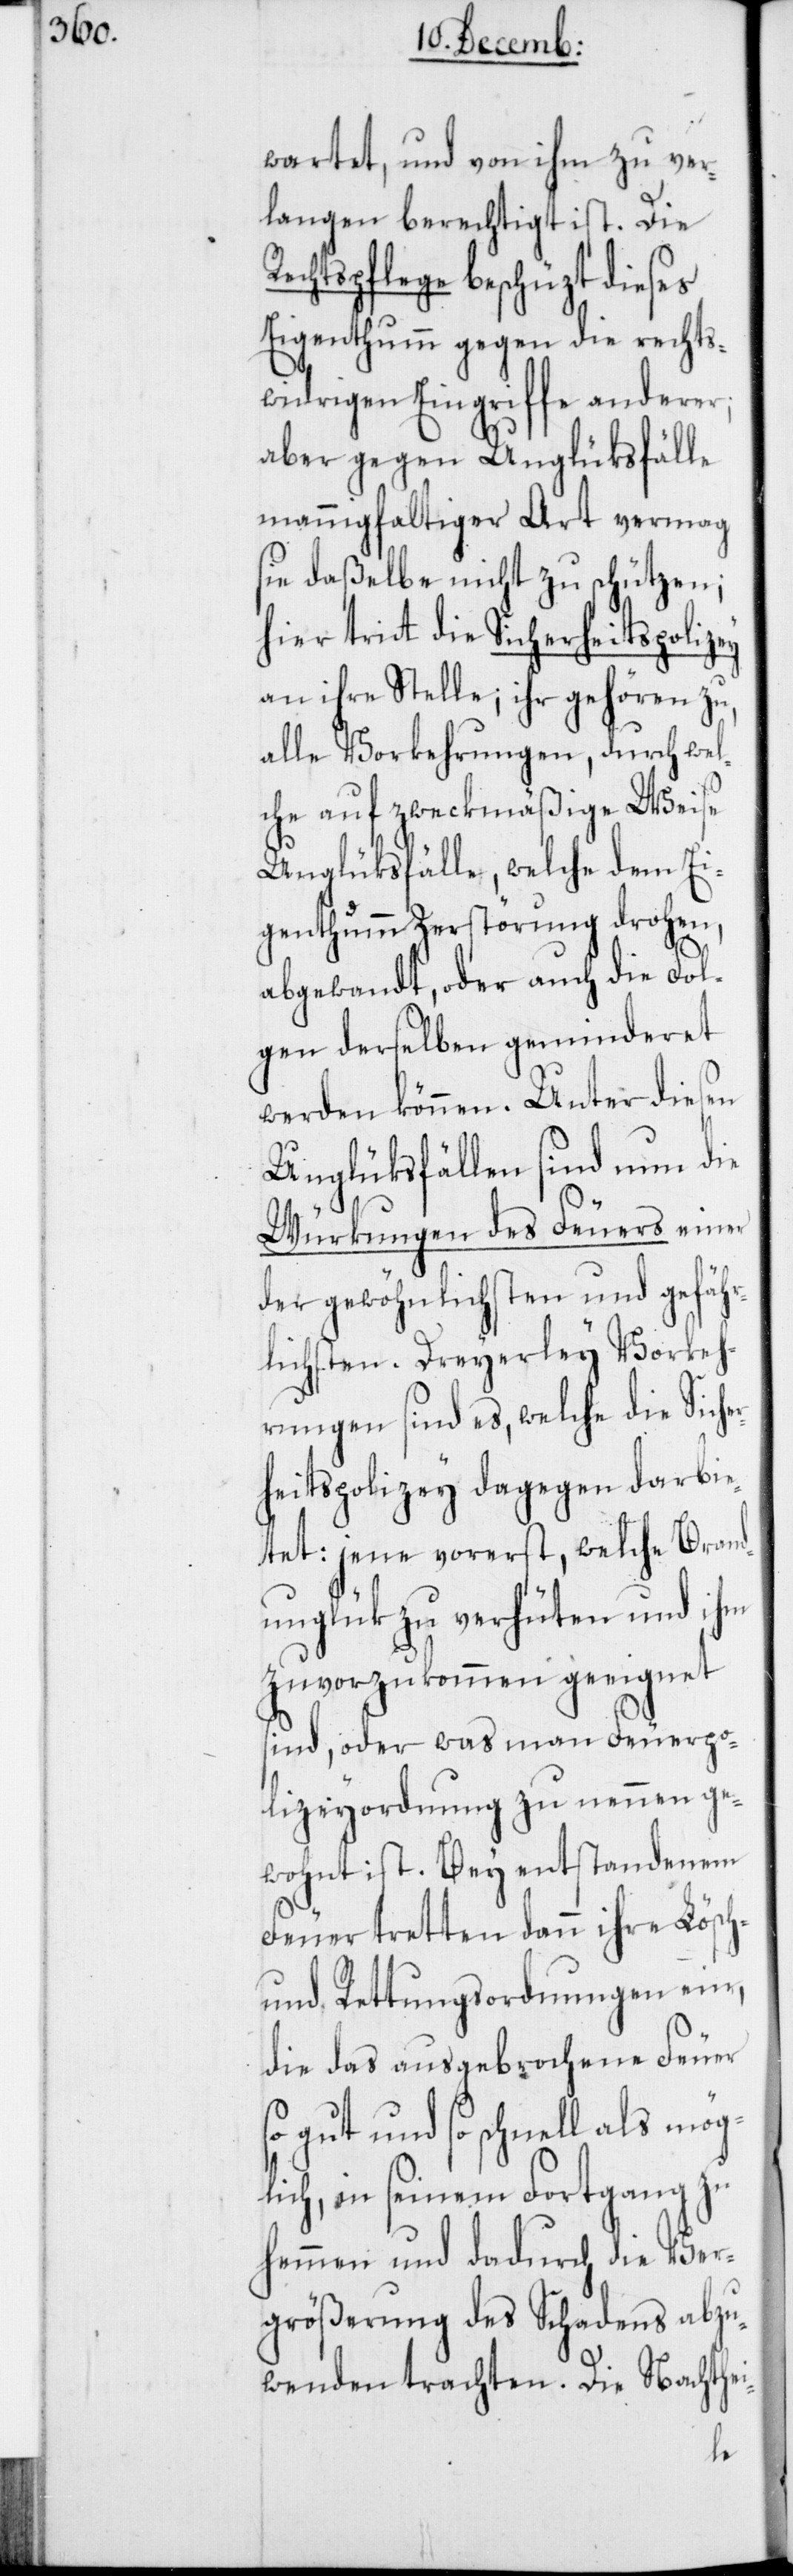
wartet, und von ihm zu ver¬
langen berechtigt ist. Die
chtspflege beschüzt dieses
Eigenthumm gegen die rechts¬
widrigen Eingriffe anderer;
aber gegen Unglüksfälle
mannigfaltiger Art vermag
sie daßelbe nicht zu schützen;
hier tritt die Sicherheitspolizey
an ihre Stelle; ihr gehören zu,
alle Vorkehrungen, durch wel¬
che auf zweckmäßige Weise
Unglüksfälle, welche dem Ei¬
genthumm Zerstörung drohen,
abgewandt, oder auch die Fol¬
gen derselben geminderet
werden können. Unter diesen
Unglüksfällen sind nun die
Würkungen des Feuers einer
der gewöhnlichsten und gefähr¬
lichsten. Dreyerley Vorkeh¬
rungen sind es, welche die Siche¬
rheitspolizey dagegen darbie¬
tet: jene vorerst, welche Brand¬
unglük zu verhüten und ihm
zuvorzukommen geeignet
sind, oder was man Feuerpo¬
lizeyordnung zu nennen ge¬
wohnt ist. Bey entstandenem
Feuer tretten dann ihre Lösch-
und Rettungsordnungen ein,
die das ausgebrochene Feuer
so gut und so schnell als mög¬
lich, in seinem Fortgang zu
hemmen und dadurch die Ver¬
größerung des Schadens abzu¬
wenden trachten. Die Nachthei-
Re¬